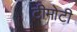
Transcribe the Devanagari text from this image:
टीमोटी